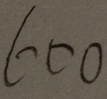
6 0 0